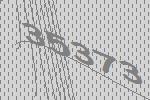
35373